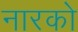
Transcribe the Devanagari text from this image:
नारको